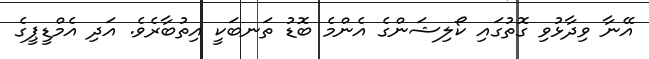
އޭނާ ވިދާޅުވި ގޮތުގައި ކޯލިޝަންގެ އެންމެ ބޮޑު ތަނބަކީ އިތުބާރެވެ. އަދި އެމްޑީޕީގެ